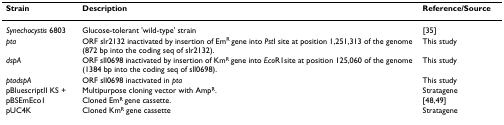
| Strain | Description | Reference/Source |
 | --- | --- | --- |
 | Synechocystis 6803 | Glucose-tolerant 'wild-type' strain | [35] |
 | pta | ORF slr2132 inactivated by insertion of EmR gene into PstI site at position 1,251,313 of the genome (872 bp into the coding seq of slr2132). | This study |
 | dspA | ORF sll0698 inactivated by insertion of KmR gene into EcoR1site at position 125,060 of the genome (1384 bp into the coding seq of sll0698). | This study |
 | ptadspA | ORF sll0698 inactivated in pta | This study |
 | pBluescriptII KS + | Multipurpose cloning vector with AmpR. | Stratagene |
 | pBSEmEco1 | Cloned EmR gene cassette. | [48,49] |
 | pUC4K | Cloned KmR gene cassette | Stratagene |